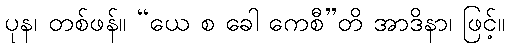
ပုန၊ တစ်ဖန်။ “ယေ စ ခေါ ကေစီ”တိ အာဒိနာ၊ ဖြင့်။